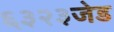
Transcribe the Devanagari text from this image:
६३२३जेड